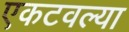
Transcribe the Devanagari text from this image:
एकटवल्या